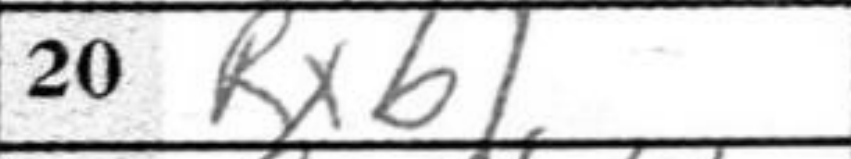
Transcription: Rxb1